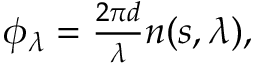
\begin{array} { r } { \phi _ { \lambda } = \frac { 2 \pi d } { \lambda } n ( s , \lambda ) , } \end{array}